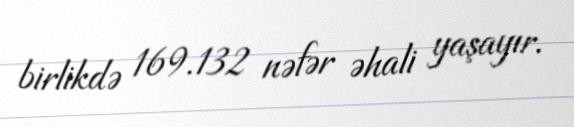
birlikdə 169.132 nəfər əhali yaşayır.